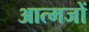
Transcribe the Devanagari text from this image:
आत्मजों